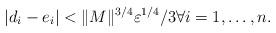
LaTeX: \begin{align*}|d_i-e_i|<\|M\|^{3/4}\varepsilon^{1/4}/3\forall i=1,\ldots,n. \end{align*}